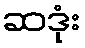
ဆဒုံး